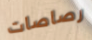
رصاصات